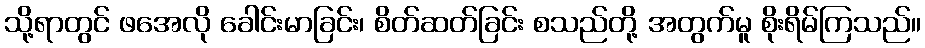
သို့ရာတွင် ဖအေလို ခေါင်းမာခြင်း၊ စိတ်ဆတ်ခြင်း စသည်တို့ အတွက်မူ စိုးရိမ်ကြသည်။